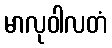
မာလုဝါလတံ